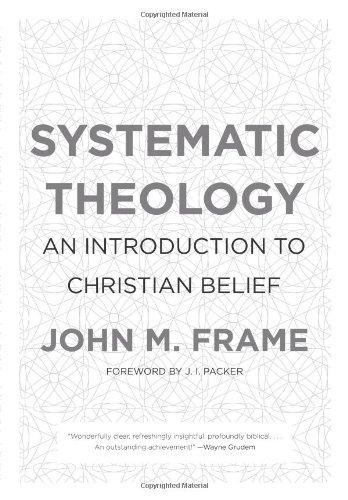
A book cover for Systematic Theology: An Introduction to Christian Belief; John M. Frame; Christian Books & Bibles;